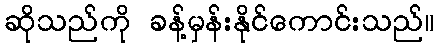
ဆိုသည်ကို ခန့်မှန်းနိုင်ကောင်းသည်။